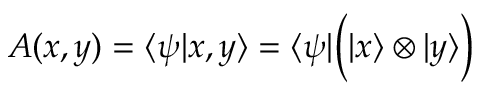
A ( x , y ) = \langle \psi | x , y \rangle = \langle \psi | { \Big ( } | x \rangle \otimes | y \rangle { \Big ) }